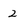
Character: 2